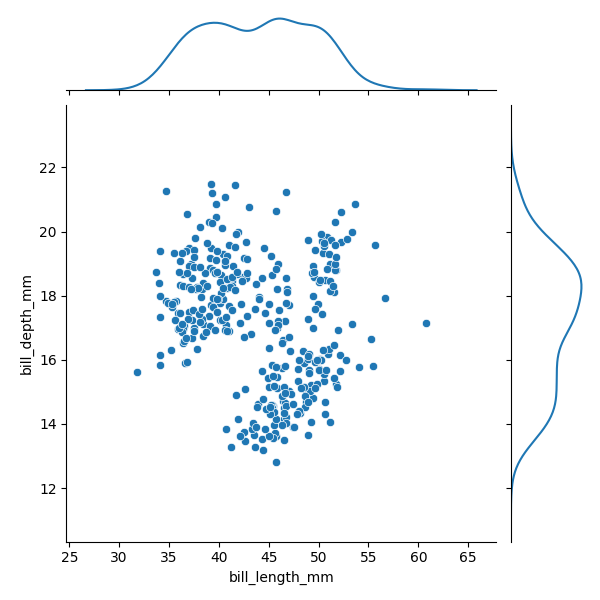
python, seaborn, JointGrid, scatterplot, kdeplot